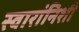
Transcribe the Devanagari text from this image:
स्वारांनिशी